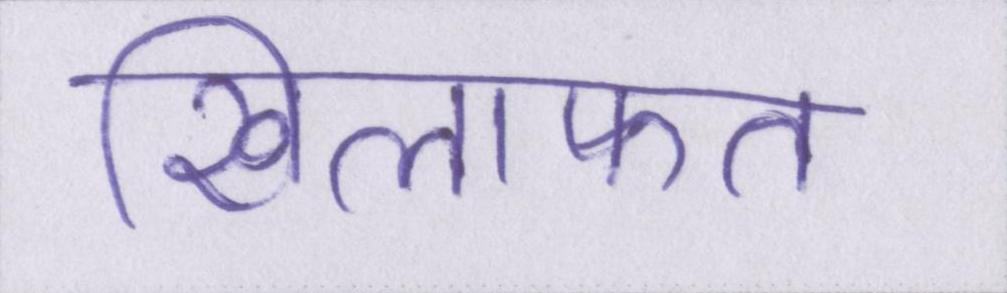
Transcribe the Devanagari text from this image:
खिलाफत